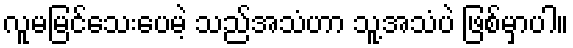
လူမမြင်သေးပေမဲ့ သည်အသံဟာ သူ့အသံပဲ ဖြစ်မှာပါ။